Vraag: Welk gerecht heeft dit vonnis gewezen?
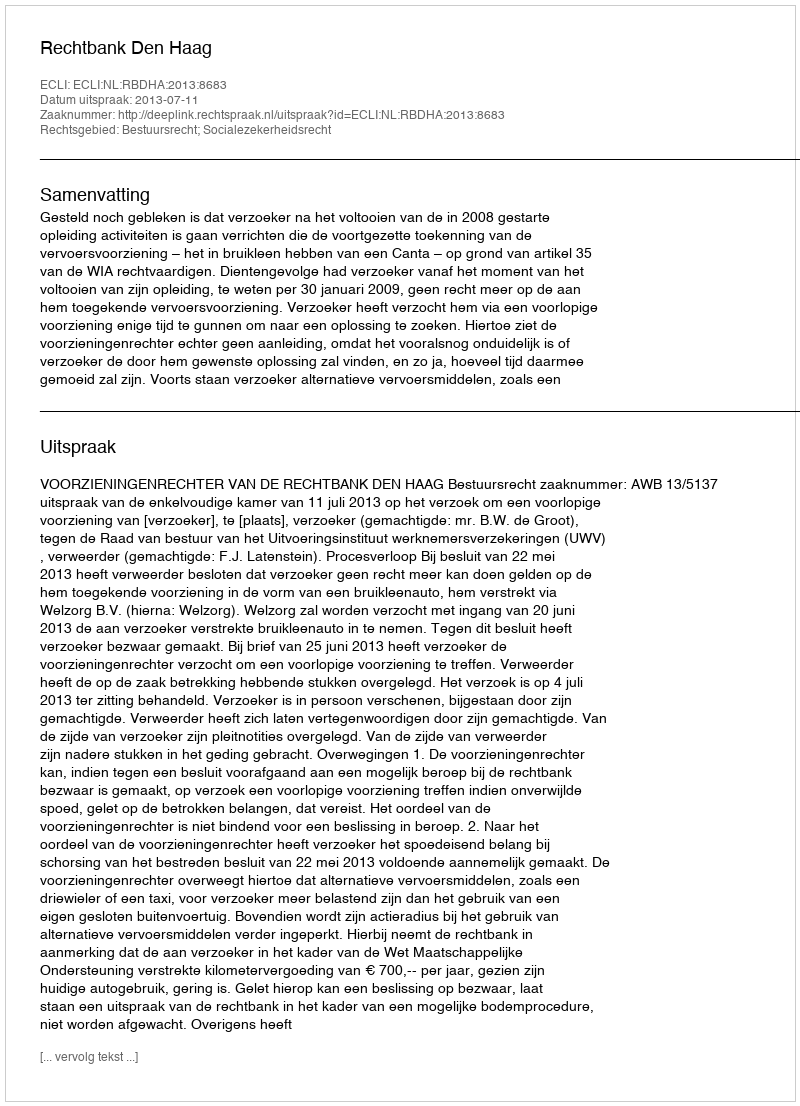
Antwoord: Rechtbank Den Haag